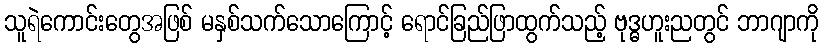
သူရဲကောင်းတွေအဖြစ် မနှစ်သက်သောကြောင့် ရောင်ခြည်ဖြာထွက်သည့် ဗုဒ္ဓဟူးညတွင် ဘာဂျာကို